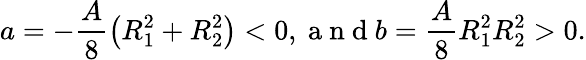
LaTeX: a=-\frac{A}{8}\left(R_{1}^{2}+R_{2}^{2}\right)<0,\mathrm{~a~n~d~}b=\frac{A}{8}R_{1}^{2}R_{2}^{2}>0.